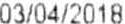
03/04/2018